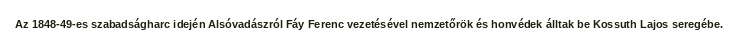
Az 1848-49-es szabadságharc idején Alsóvadászról Fáy Ferenc vezetésével nemzetőrök és honvédek álltak be Kossuth Lajos seregébe.